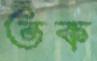
তক